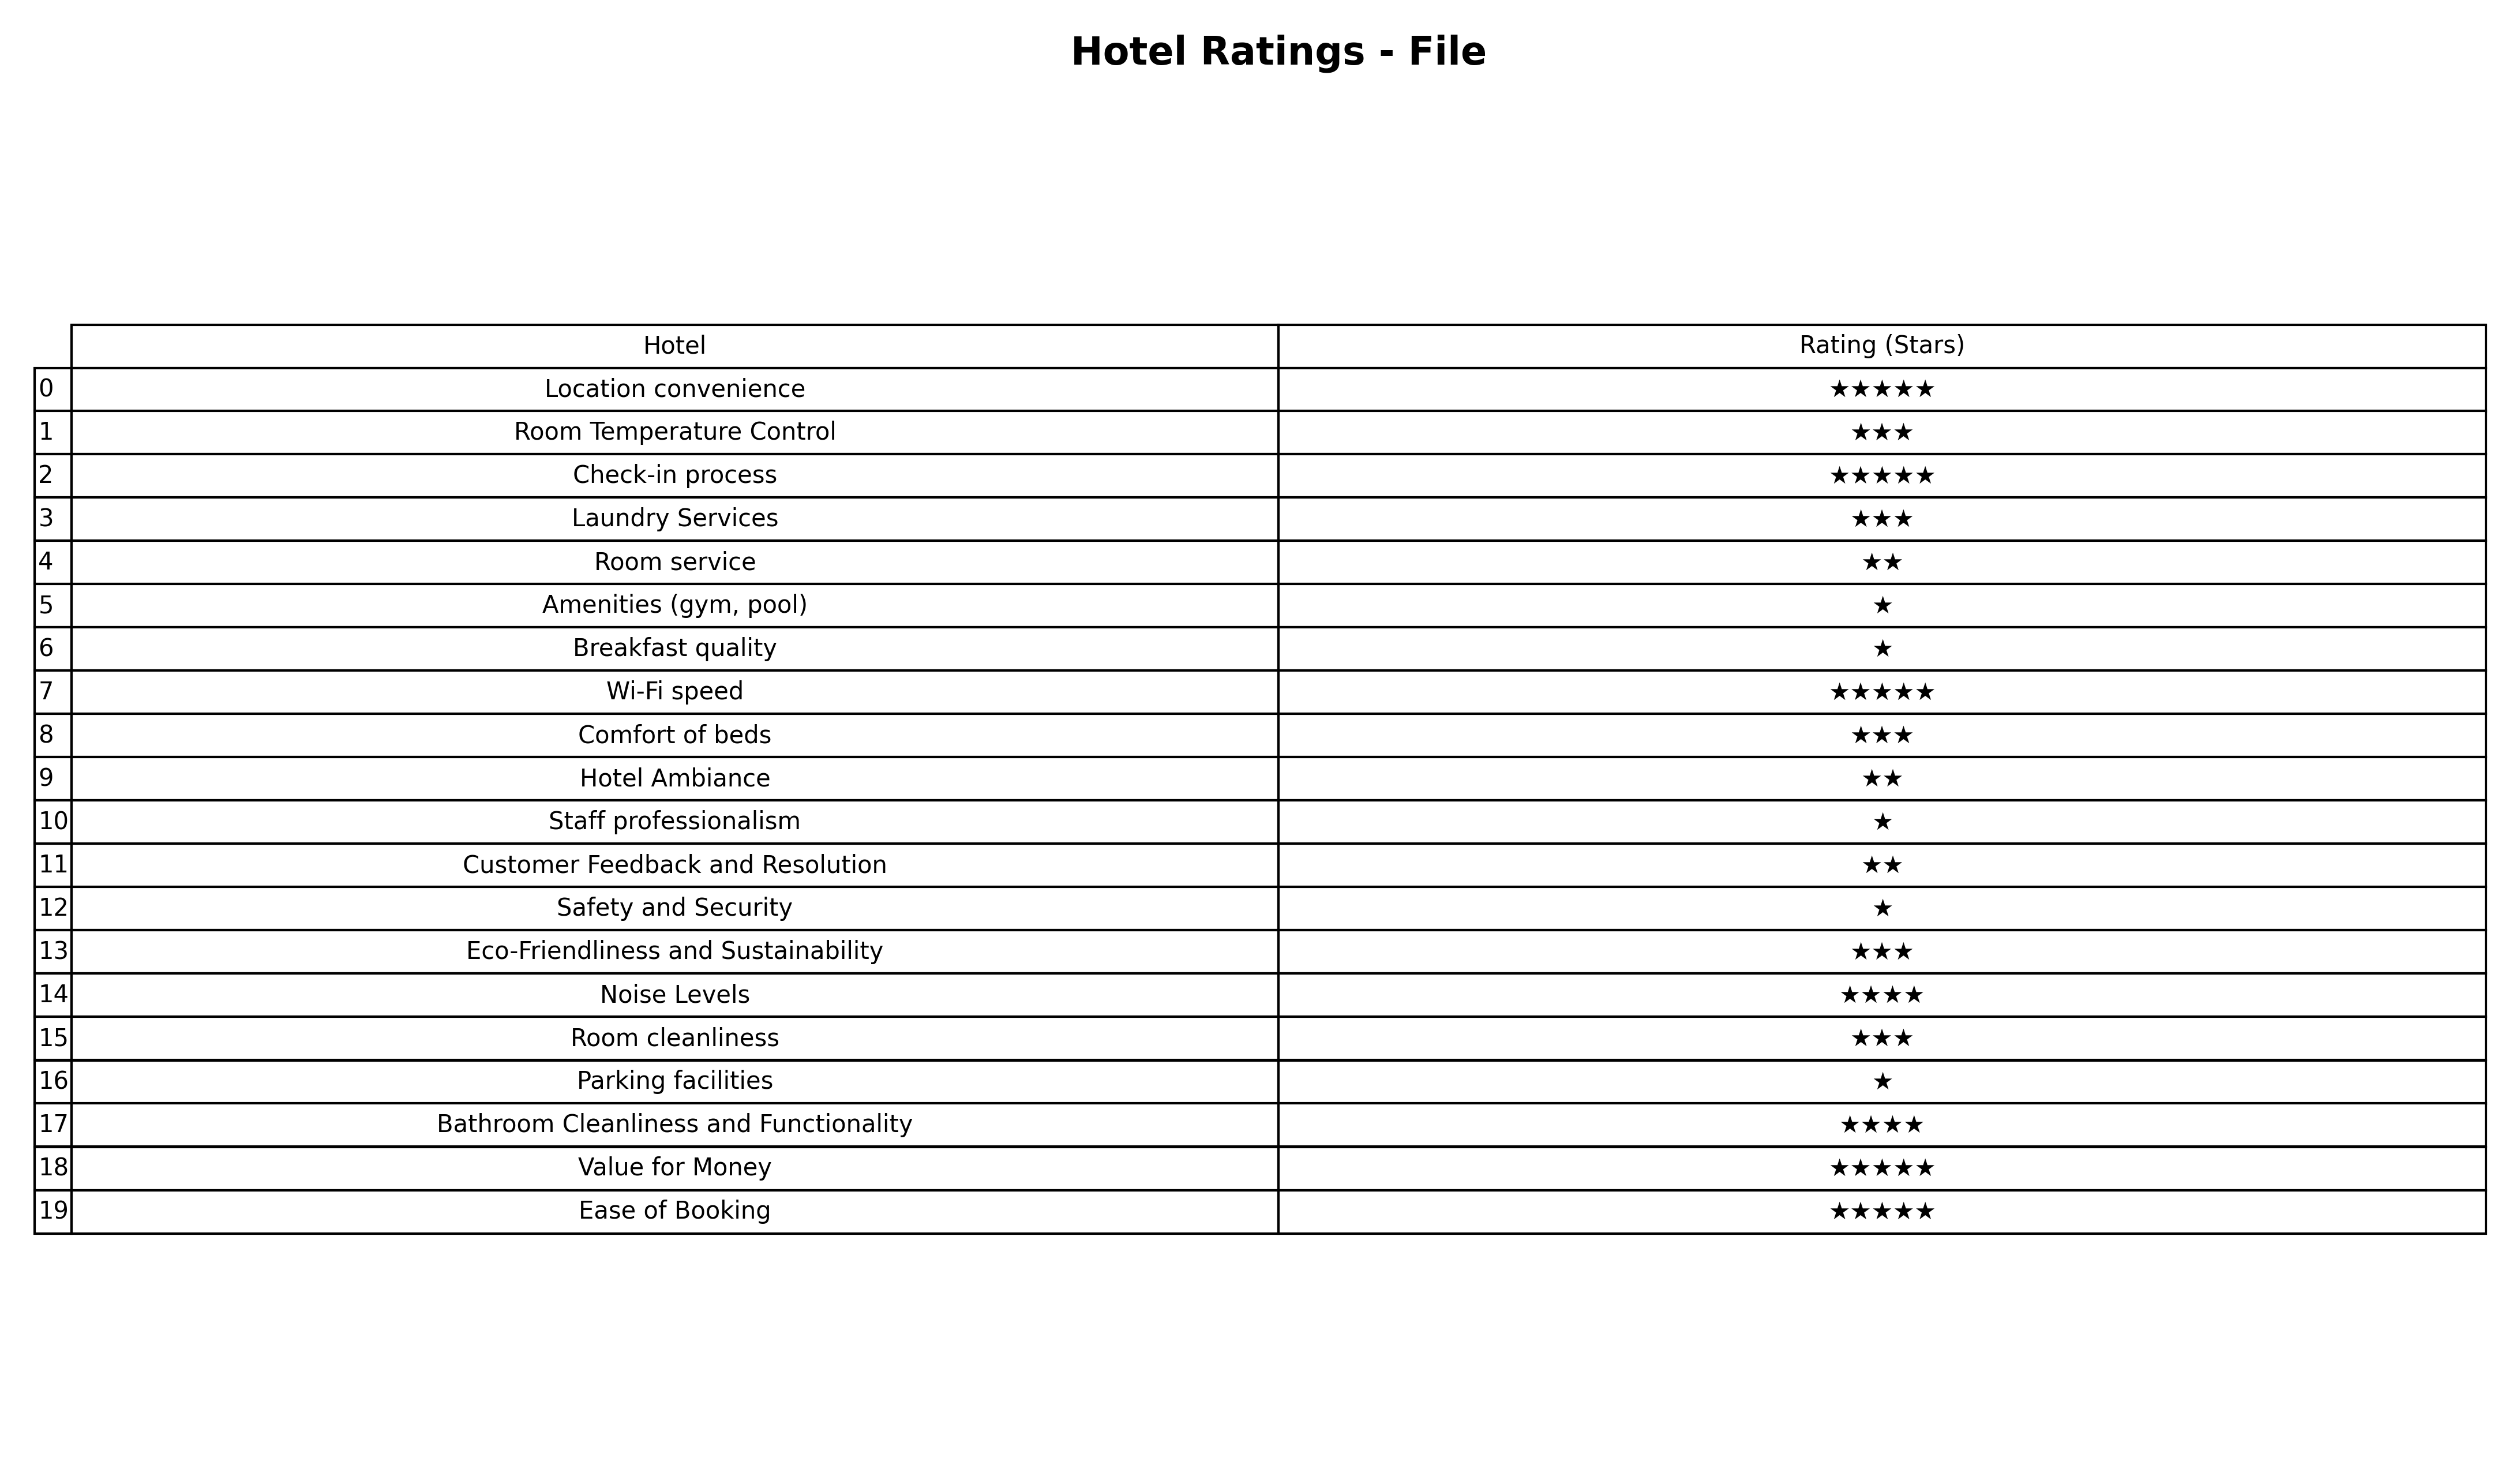
question: What are two star services?
answer: Room serviceHotel AmbianceCustomer Feedback and Resolution